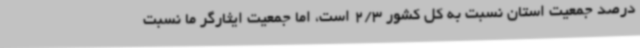
درصد جمعیت استان نسبت به کل کشور 2/3 است، اما جمعیت ایثارگر ما نسبت